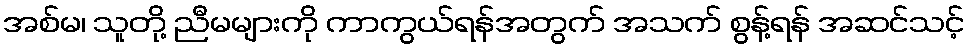
အစ်မ၊ သူတို့ ညီမများကို ကာကွယ်ရန်အတွက် အသက် စွန့်ရန် အဆင်သင့်